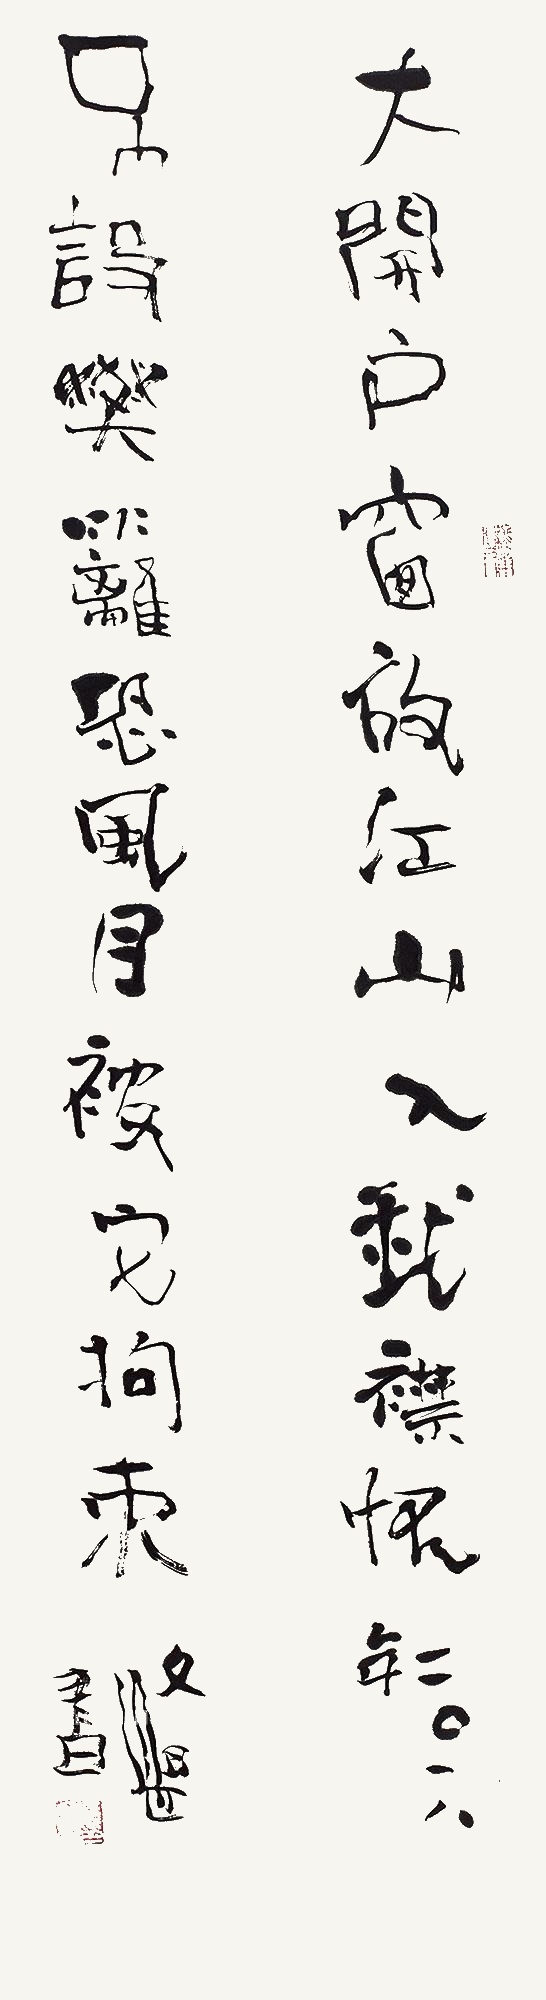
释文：大开户窗放江山入我襟怀，不设樊离恐风月被它拘束。文湛书。